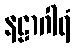
နဠာဂါရံ